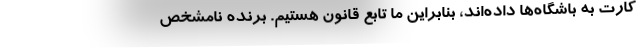
کارت به باشگاه‌ها داده‌اند، بنابراین ما تابع قانون هستیم. برنده نامشخص